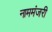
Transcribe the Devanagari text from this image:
नाममंजरी